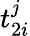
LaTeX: t_{2i}^{j}